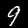
Digit: 9